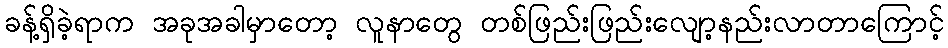
ခန့်ရှိခဲ့ရာက အခုအခါမှာတော့ လူနာတွေ တစ်ဖြည်းဖြည်းလျော့နည်းလာတာကြောင့်